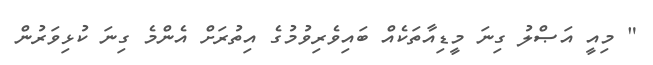
" މިއީ އަޞްލު ގިނަ މީޑިއާތަކެއް ބައިވެރިވުމުގެ އިތުރަށް އެންމެ ގިނަ ކުޅިވަރުން